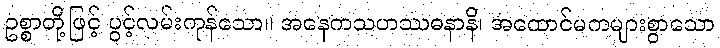
ဥစ္စာတို့ဖြင့် ပွင့်လမ်းကုန်သော။ အနေကသဟဿဓနာနိ၊ အထောင်မကများစွာသော